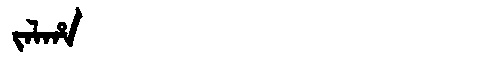
Manchu: ᠵᠠᠯᡥᠠ
Romanization: JALHA